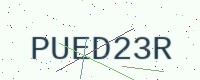
Text: PUED23R